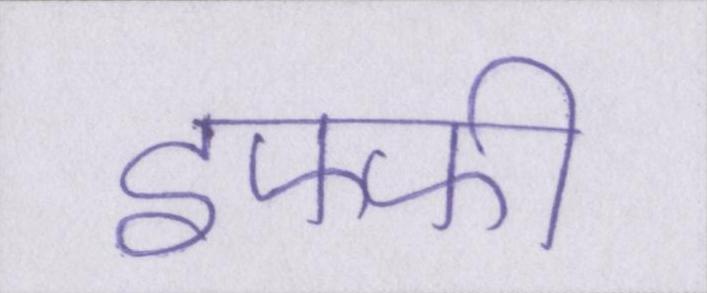
इफ्फी